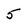
Character: 5